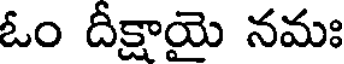
ఓం దీక్షాయై నమః